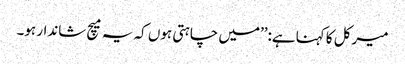
میرکل کا کہنا ہے:’’میں چاہتی ہوں کہ یہ میچ شاندار ہو۔